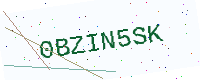
Text: 0BZIN5SK